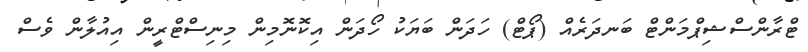
ޓްރާންސްޝިޕްމަންޓް ބަނދަރެއް (ޕޯޓް) ހަދަން ބަޔަކު ހޯދަން އިކޮނޮމިން މިނިސްޓްރީން އިއުލާން ވެސް